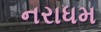
નરાધમ